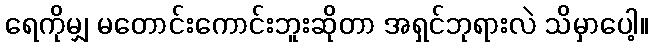
ရေကိုမျှ မတောင်းကောင်းဘူးဆိုတာ အရှင်ဘုရားလဲ သိမှာပေါ့။